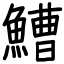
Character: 鰽